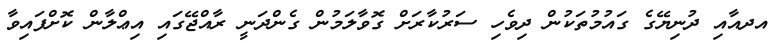
އދއާއި ދުނިޔޭގެ ގައުމުތަކުން ދިވެހި ސަރުކާރަށް ގޮވާލަމުން ގެންދަނީ ރާއްޖޭގައި އިޢްލާން ކޮށްފައިވާ